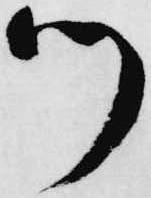
ツ